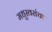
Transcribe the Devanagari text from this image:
मधुस्वरांचा